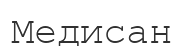
Медисан